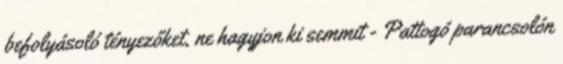
befolyásoló tényezőket, ne hagyjon ki semmit - Pattogó parancsolón